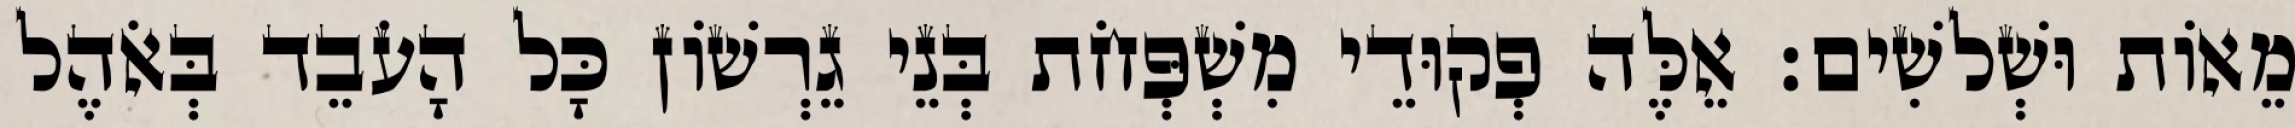
מֵאוֹת וּשְׁלשִׁים׃ אֵלֶּה פְקוּדֵי מִשְׁפְּחֹת בְּנֵי גֵרְשׁוֹן כָּל הָעֹבֵד בְּאֹהֶל